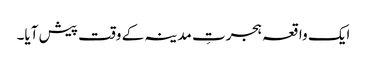
ایک واقعہ ہجرتِ مدینہ کے وقت پیش آیا۔